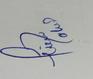
Signature authenticity: genuine